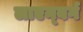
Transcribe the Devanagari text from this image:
लाएन्बर्ग